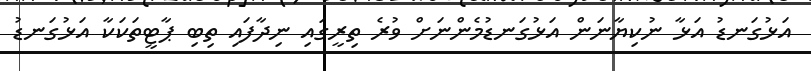
އަޅުގަނޑު އަޅާ ނުކިޔާނަން އަޅުގަނޑުމެންނަށް ވުރެ ތިރީގައި ނިދާފައި ތިބި ޕާޓީތަކަކާ އަޅުގަނޑު